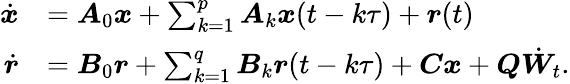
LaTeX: \begin{array}{rl}{\dot{\boldsymbol{x}}}&{=\boldsymbol{A}_{0}\boldsymbol{x}+\sum_{k=1}^{p}\boldsymbol{A}_{k}\boldsymbol{x}(t-k\tau)+\boldsymbol{r}(t)}\\ {\dot{\boldsymbol{r}}}&{=\boldsymbol{B}_{0}\boldsymbol{r}+\sum_{k=1}^{q}\boldsymbol{B}_{k}\boldsymbol{r}(t-k\tau)+\boldsymbol{C}\boldsymbol{x}+\boldsymbol{Q}\dot{{\boldsymbol{W}}}_{t}.}\end{array}